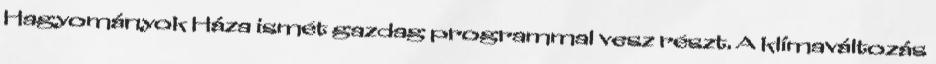
Hagyományok Háza ismét gazdag programmal vesz részt. A klímaváltozás